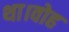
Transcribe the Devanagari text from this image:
था।वोह